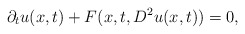
\begin{align*}\partial_t u(x,t) + F(x,t,D^2u(x,t)) = 0,\end{align*}